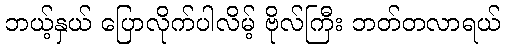
ဘယ့်နှယ် ပြောလိုက်ပါလိမ့် ဗိုလ်ကြီး ဘတ်တလာရယ်